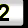
Digit: 2